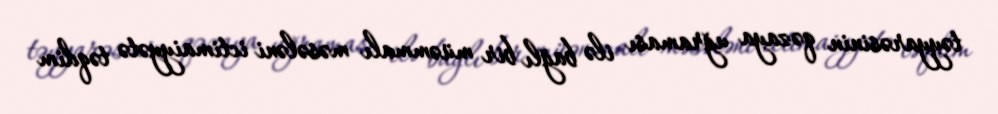
təyyarəsinin qəzaya uğraması ilə bağlı bir müəmmalı məsələni ictimaiyyətə təqdim